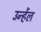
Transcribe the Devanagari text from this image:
उन्हेंल